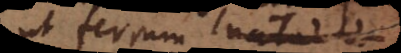
ut ferrum nata